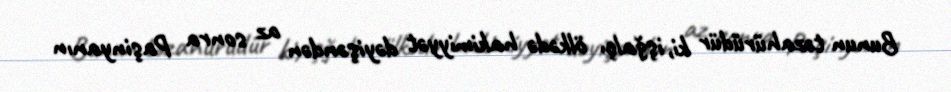
Bunun təzahürüdür ki, işğalçı ölkədə hakimiyyət dəyişəndən az sonra Paşinyanın